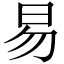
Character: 易